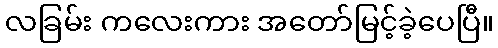
လခြမ်း ကလေးကား အတော်မြင့်ခဲ့ပေပြီ။